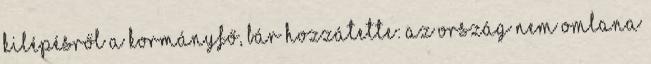
kilépésről a kormányfő, bár hozzátette: az ország nem omlana